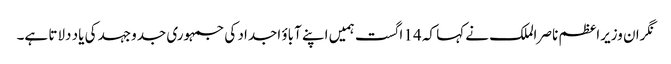
نگران وزیراعظم ناصر الملک نے کہا کہ 14 اگست ہمیں اپنے آباؤ اجداد کی جمہوری جدوجہد کی یاد دلاتا ہے۔